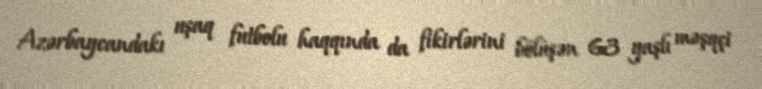
Azərbaycandakı uşaq futbolu haqqında da fikirlərini bölüşən 63 yaşlı məşqçi